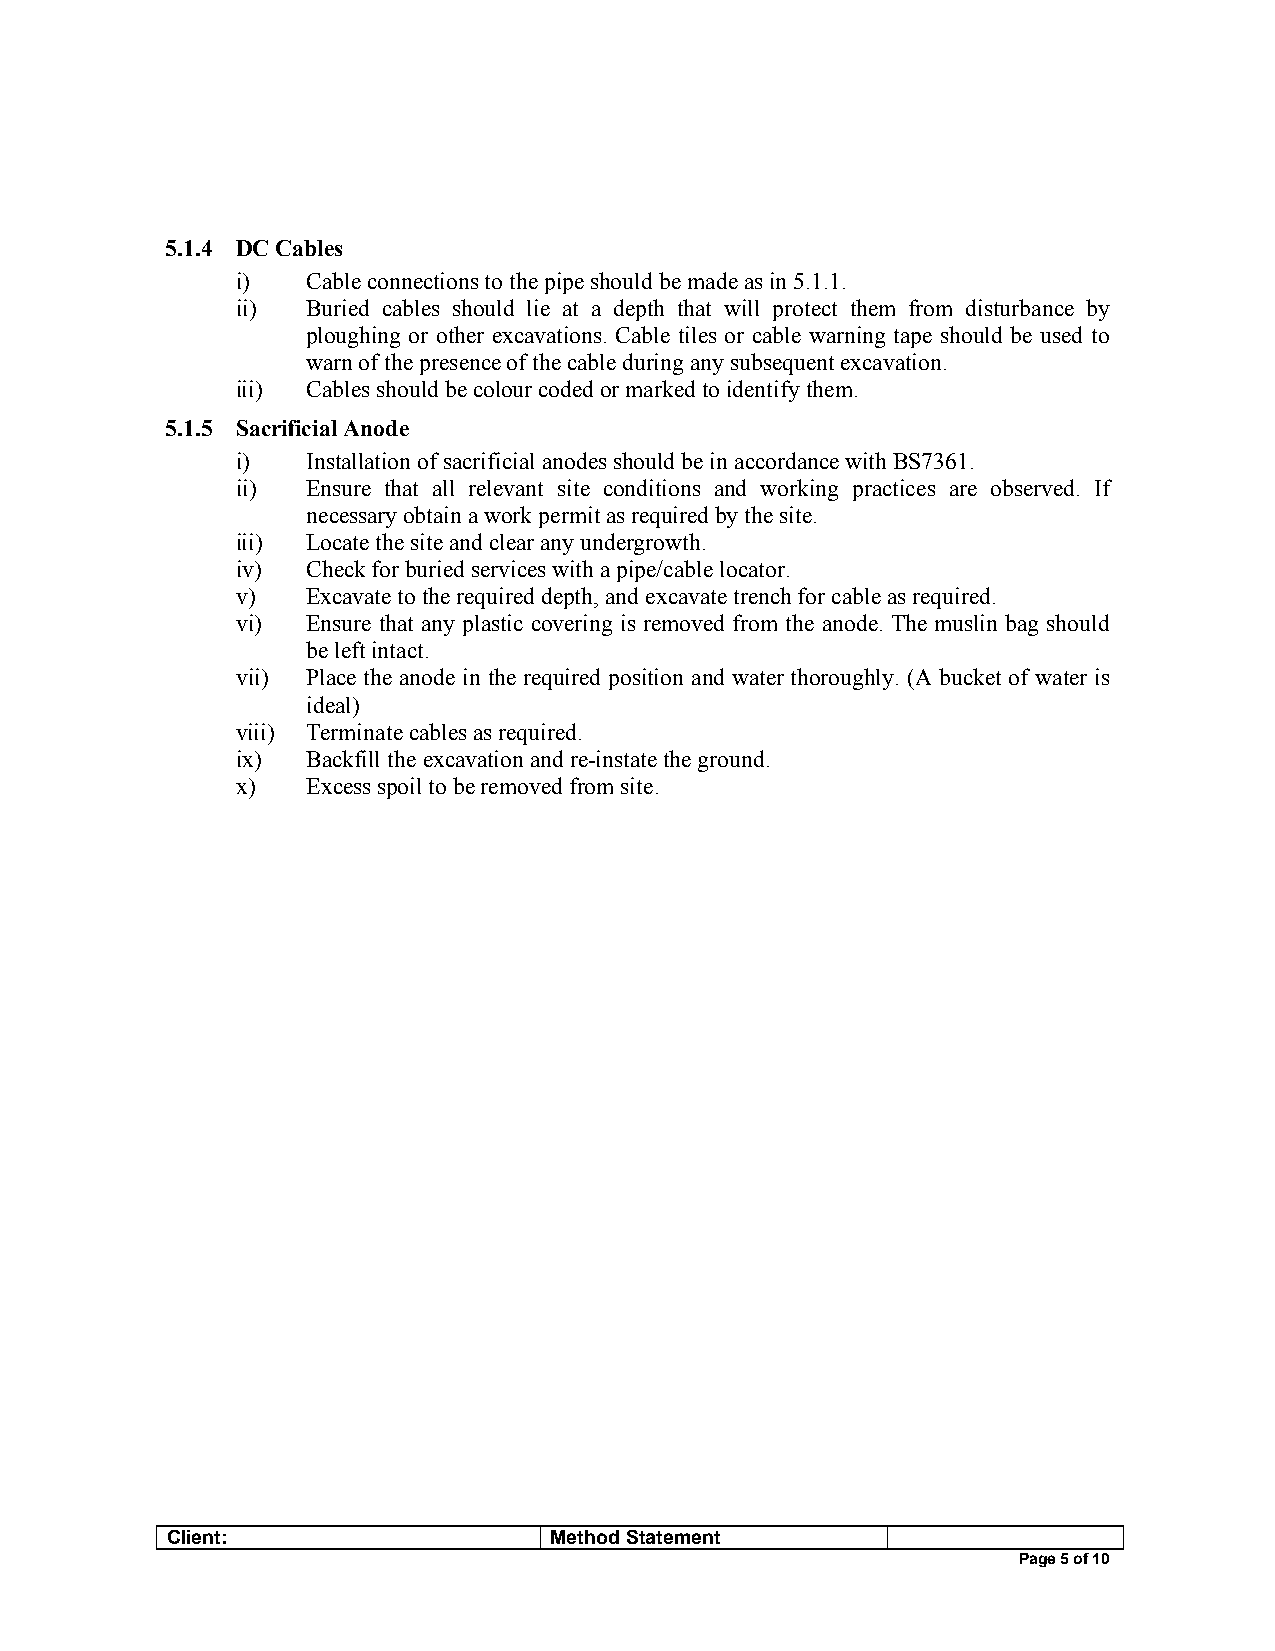
5.1.4 DC Cables
 i)  Cable connections to the pipe should be made as in 5.1.1.
 ii) Buried cables should lie at a depth that will protect them from disturbance by
 ploughing or other excavations. Cable tiles or cable warning tape should be used to
 warn of the presence of the cable during any subsequent excavation.
 iii) Cables should be colour coded or marked to identify them.
 5.1.5 Sacrificial Anode
 i)  Installation of sacrificial anodes should be in accordance with BS7361.
 ii) Ensure that all relevant site conditions and working practices are observed. If
 necessary obtain a work permit as required by the site.
 iii) Locate the site and clear any undergrowth.
 iv) Check for buried services with a pipe/cable locator.
 v)  Excavate to the required depth, and excavate trench for cable as required.
 vi) Ensure that any plastic covering is removed from the anode. The muslin bag should
 be left intact.
 vii) Place the anode in the required position and water thoroughly. (A bucket of water is
 ideal)
 viii) Terminate cables as required.
 ix) Backfill the excavation and re-instate the ground.
 x)  Excess spoil to be removed from site.
 Client:                  Method Statement
 Page 5 of 10